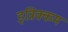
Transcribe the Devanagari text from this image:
इन्निक्कम